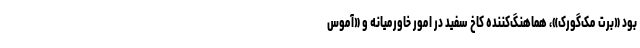
بود «برت مک‌گورک»، هماهنگ‌کننده کاخ سفید در امور خاورمیانه و «آموس